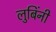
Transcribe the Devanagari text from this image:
लुबिंनी